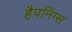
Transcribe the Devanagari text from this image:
हैपनिंग्स